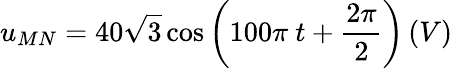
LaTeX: u_{MN}=40\sqrt 3\cos{\left(100\pi\ t+\frac{2\pi}{2}\right)}\left(V\right)